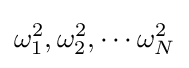
\omega _{1}^{2},\omega _{2}^{2},\cdots \omega _{N}^{2}